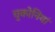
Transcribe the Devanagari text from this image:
चुकोनियां